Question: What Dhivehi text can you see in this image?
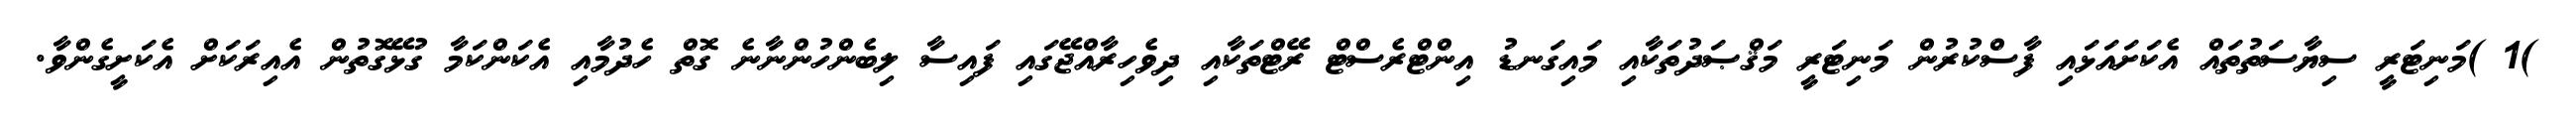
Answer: )1 )މަނިޓަރީ ސިޔާސަތުތައް އެކަށައަޅައި ފާސްކުރުން މަނިޓަރީ މަޤްޞަދުތަކާއި މައިގަނޑު އިންޓްރެސްޓް ރޭޓްތަކާއި ދިވެހިރާއްޖޭގައި ފައިސާ ލިބެންހުންނާނެ ގޮތް ހެދުމާއި އެކަންކަމާ ގުޅޭގޮތުން އެއިރަކަށް އެކަށީގެންވާ.